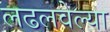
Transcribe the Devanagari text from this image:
लढलवेल्या